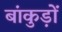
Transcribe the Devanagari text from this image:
बांकुड़ों